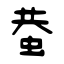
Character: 蛬